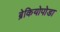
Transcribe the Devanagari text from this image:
ब्रेकियोपोडा